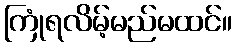
ကြုံရလိမ့်မည်မထင်။